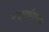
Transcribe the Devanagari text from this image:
२३वर्षाच्या